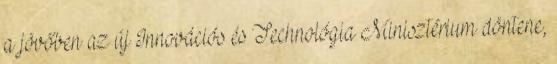
a jövőben az új Innovációs és Technológia Minisztérium döntene,